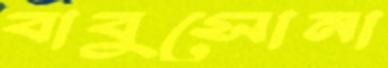
বাবুসোনা